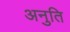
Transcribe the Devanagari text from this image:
अनुति